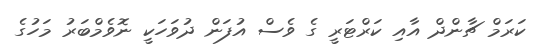
ކަރަމް ޗާންދް އާއި ކަރްޓަރީ ގެ ވެސް އުފަން ދުވަހަކީ ނޮވެމްބަރު މަހުގެ